Report on sanitation, dispensaries, and jails in Rajputana for 1909, and on vaccination for the year 1909-1910 - 1909-1910
Year: 1909
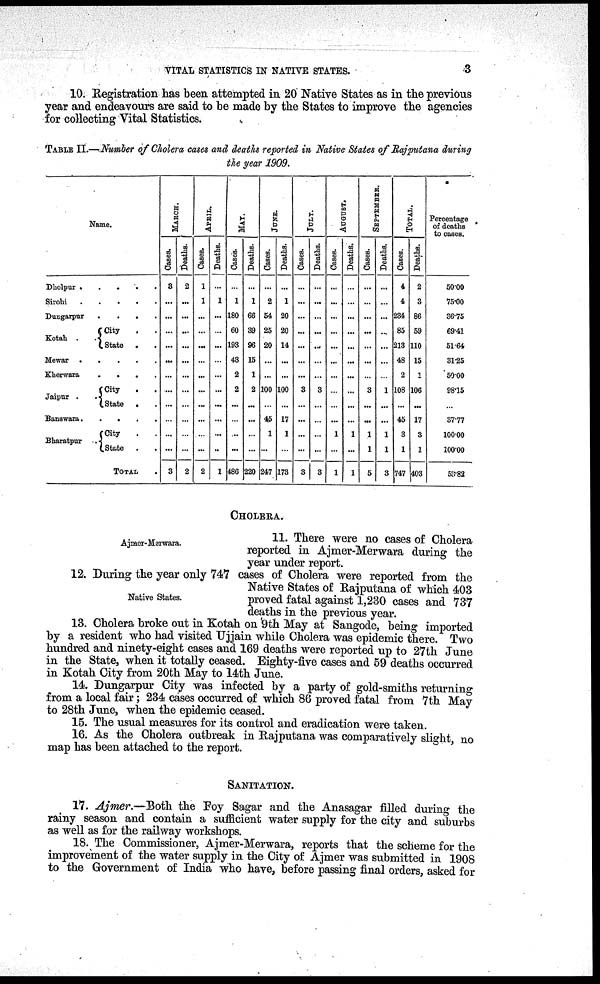
VITAL STATISTICS IN NATIVE STATES.
3
10. Registration has been attempted in 20 Native States as in the previous
year and endeavours are said to be made by the States to improve the agencies
for collecting Vital Statistics.
TABLE II.—Number of Cholera cases and deaths reported in Native States of Rajputana during
the year 1909.
Name.
Dholpur
.
. . . . .
Sirohi
.
.
.
.
.
Dungarpur . . . . .
Kotah
.
.
City . .
State . .
Mewar
.
.
.
.
.
Kherwara . . . .
Jaipur
.
.
City . .
State . .
Banawara.
.
.
Bharatpur .
City
.
.
State
. .
Total
MARCH.
Cases.
3
...
...
...
...
...
...
...
...
...
...
...
3
Deaths.
2
...
...
...
...
...
...
...
...
...
...
...
2
APRIL.
Cases.
1
1
...
...
...
...
...
...
...
...
...
...
2
Deaths.
...
1
...
...
...
...
...
...
...
...
...
...
1
MAY.
Cases.
...
1
180
60
193
48
2
2
...
...
...
...
486
Deaths.
...
1
66
39
96
15
1
2
...
...
...
...
220
JUNE.
Cases.
...
2
54
25
20
...
...
100
...
45
1
...
247
Deaths.
...
1
20
20
14
...
...
100
...
17
1
173
JULY.
Cases.
...
...
...
...
...
...
...
3
...
...
...
...
3
Deaths.
...
...
...
...
...
...
...
3
...
...
...
...
3
AUGUST.
Cases.
...
...
...
...
...
...
...
...
...
...
1
1
Deaths.
...
...
...
...
...
...
...
...
...
...
1
...
1
SEPTEMBER.
Cases.
...
...
...
...
...
...
...
3
...
...
1
1
5
Deaths.
...
...
...
...
...
...
...
1
...
...
1
1
3
TOTAL.
Cases.
4
4
234
85
213
48
2
108
...
45
3
1
747
Deaths.
2
3
86
59
110
15
1
106
...
17
3
1
403
Percentage
of deaths
to cases.
50.00
75.00
36.75
69.41
51.64
31.25
50.00
98.15
...
37.77
100.00
100.00
53.82
CHOLERA.
Ajmor-Merwara.
11. There were no cases of Cholera
reported in Ajmer-Merwara during the
year under report.
Native States.
12. During the year only 747 cases of Cholera were reported from the
Native States of Rajputana of which 403
proved fatal against 1,230 cases and 737
deaths in the previous year.
13. Cholera broke out in Kotah on 9th May at Sangode, being imported
by a resident who had visited Ujjain while Cholera was epidemic there. Two
hundred and ninety-eight cases and 169 deaths were reported up to 27th June
in the State, when it totally ceased. Eighty-five cases and 59 deaths occurred
in Kotah City from 20th May to 14th June.
14. Dungarpur City was infected by a party of gold-smiths returning
from a local fair; 234 cases occurred of which 86 proved fatal from 7th May
to 28th June, when the epidemic ceased.
15. The usual measures for its control and eradication were taken.
16. As the Cholera outbreak in Rajputana was comparatively slight, no
map has been attached to the report.
SANITATION.
17. Ajmer.—Both the Foy Sagar and the Anasagar filled during the
rainy season and contain a sufficient water supply for the city and suburbs
as well as for the railway workshops.
18. The Commissioner, Ajmer-Merwara, reports that the scheme for the
improvement of the water supply in the City of Ajmer was submitted in 1908
to the Government of India who have, before passing final orders, asked for